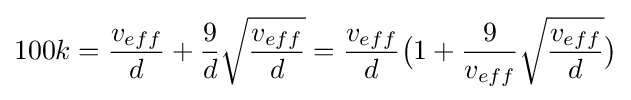
100k={\frac {v_{eff}}{d}}+{\frac {9}{d}}{\sqrt {\frac {v_{eff}}{d}}}={\frac {v_{eff}}{d}}{\big (}1+{\frac {9}{v_{eff}}}{\sqrt {\frac {v_{eff}}{d}}}{\big )}